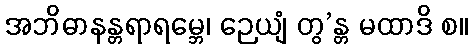
အဘိဓာနန္တရာရမ္ဘေ၊ ဉေယျံ တွ’န္တ မထာဒိ စ။